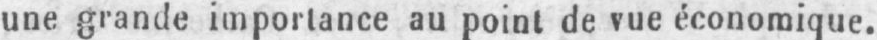
une grande importance au point de vue économique.